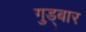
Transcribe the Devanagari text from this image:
गुड्बार